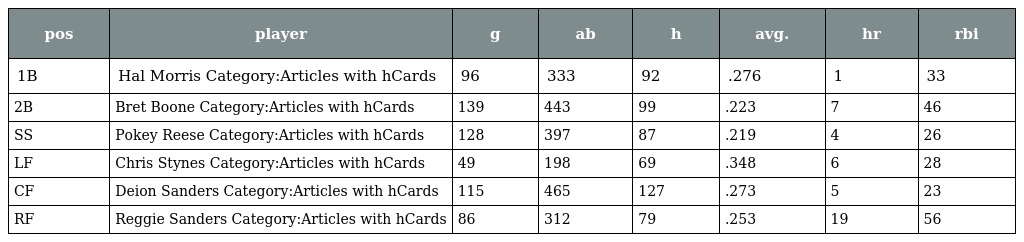
| pos | player | g | ab | h | avg. | hr | rbi |
 | --- | --- | --- | --- | --- | --- | --- | --- |
 | 1B | Hal Morris Category:Articles with hCards | 96 | 333 | 92 | .276 | 1 | 33 |
 | 2B | Bret Boone Category:Articles with hCards | 139 | 443 | 99 | .223 | 7 | 46 |
 | SS | Pokey Reese Category:Articles with hCards | 128 | 397 | 87 | .219 | 4 | 26 |
 | LF | Chris Stynes Category:Articles with hCards | 49 | 198 | 69 | .348 | 6 | 28 |
 | CF | Deion Sanders Category:Articles with hCards | 115 | 465 | 127 | .273 | 5 | 23 |
 | RF | Reggie Sanders Category:Articles with hCards | 86 | 312 | 79 | .253 | 19 | 56 |